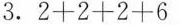
3. $$2 + 2 + 2 + 6$$